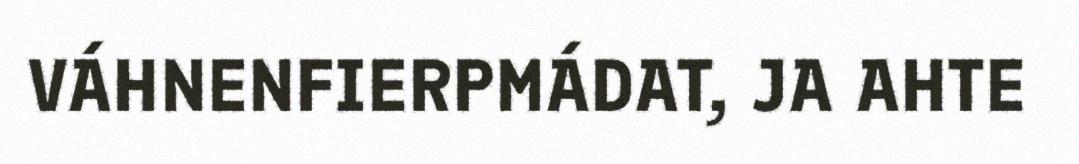
VÁHNENFIERPMÁDAT, JA AHTE